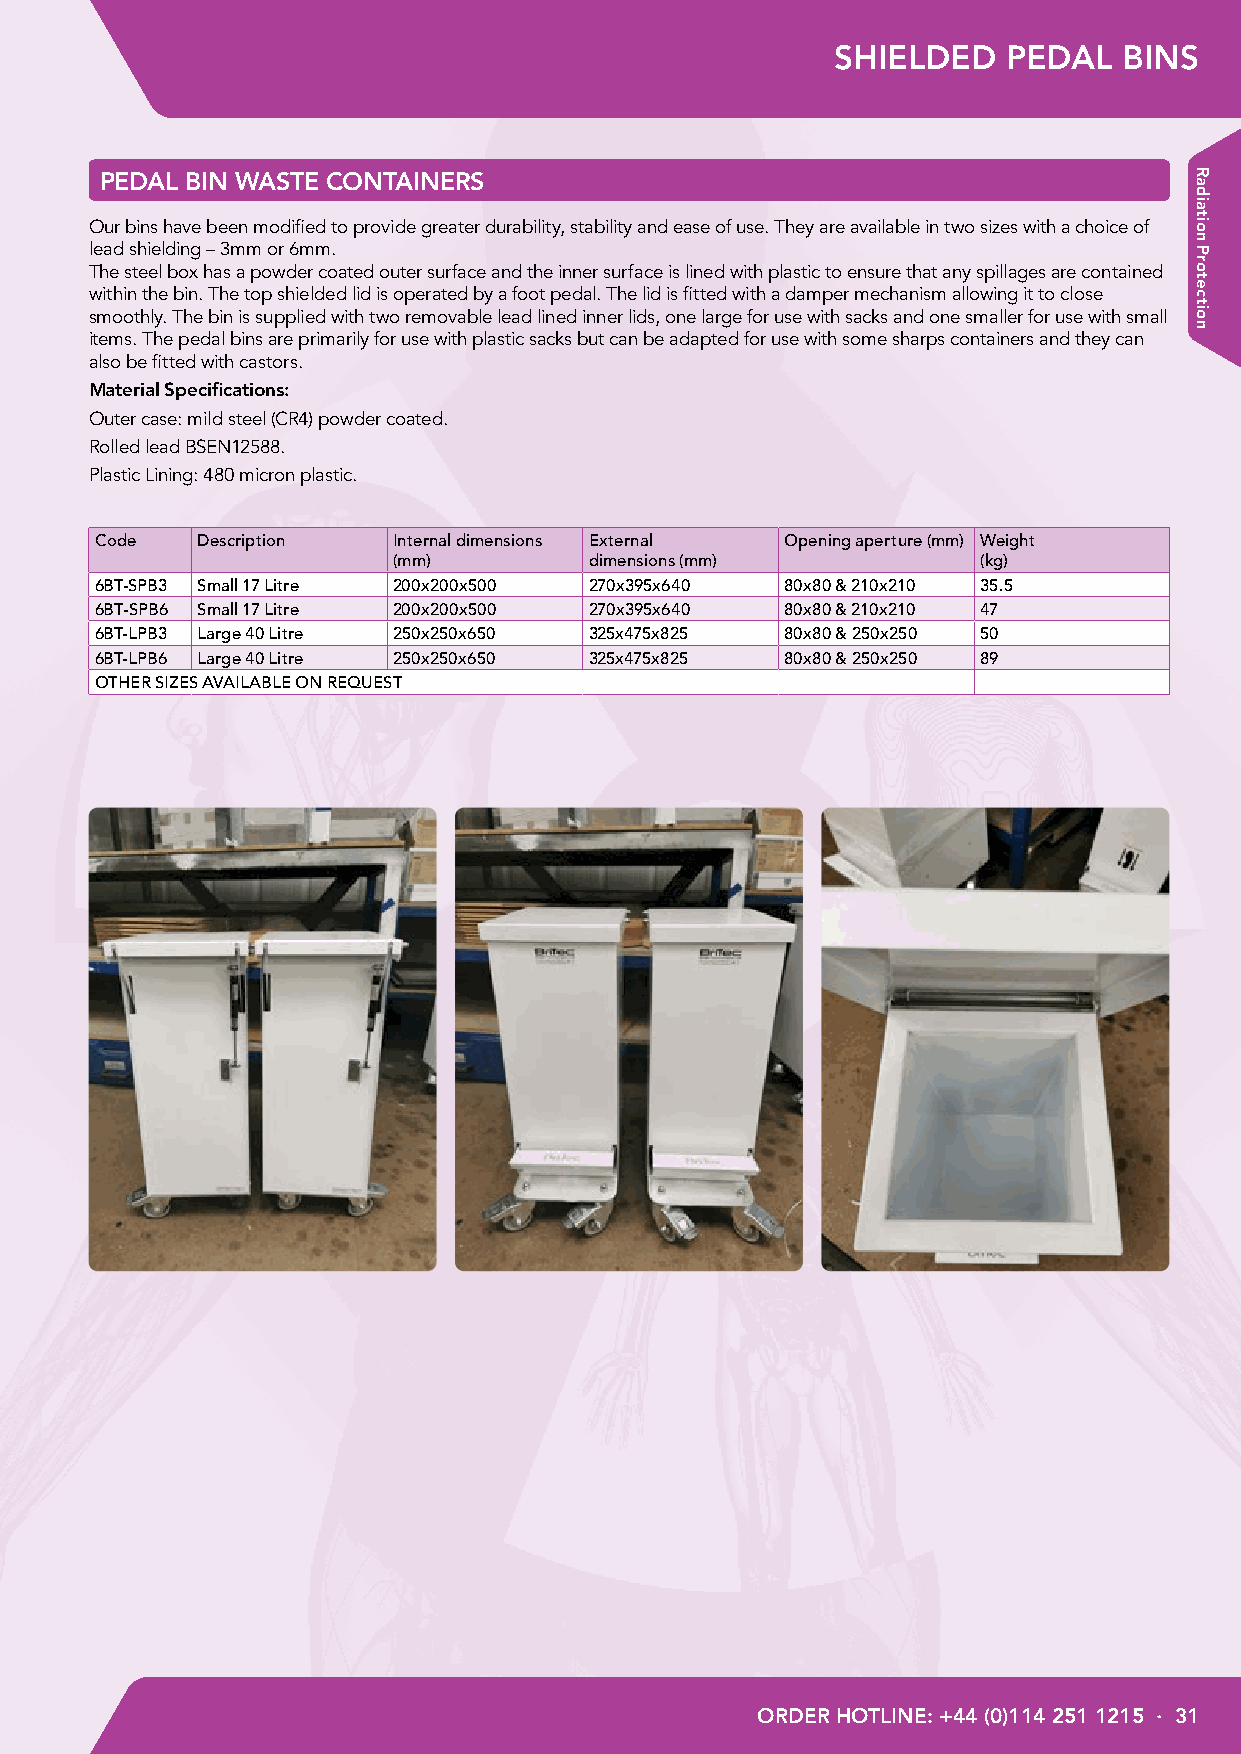
SHIELDED    PEDAL  BINS
 PEDAL BIN WASTE CONTAINERS
 Our bins have been modified to provide greater durability, stability and ease of use. They are available in two sizes with a choice of
 lead shielding – 3mm or 6mm.
 The steel box has a powder coated outer surface and the inner surface is lined with plastic to ensure that any spillages are contained
 within the bin. The top shielded lid is operated by a foot pedal. The lid is fitted with a damper mechanism allowing it to close
 smoothly. The bin is supplied with two removable lead lined inner lids, one large for use with sacks and one smaller for use with small
 items. The pedal bins are primarily for use with plastic sacks but can be adapted for use with some sharps containers and they can
 also be fitted with castors.
 Material Specifications:
 Outer case: mild steel (CR4) powder coated.
 Rolled lead BSEN12588.
 Plastic Lining: 480 micron plastic.
 Code   Description  Internal dimensions External Opening aperture (mm) Weight
 (mm)         dimensions (mm)           (kg)
 6BT-SPB3 Small 17 Litre 200x200x500 270x395x640 80x80 & 210x210 35.5
 6BT-SPB6 Small 17 Litre 200x200x500 270x395x640 80x80 & 210x210 47
 6BT-LPB3 Large 40 Litre 250x250x650 325x475x825 80x80 & 250x250 50
 6BT-LPB6 Large 40 Litre 250x250x650 325x475x825 80x80 & 250x250 89
 OTHER SIZES AVAILABLE ON REQUEST
 ORDER HOTLINE: +44 (0)114 251 1215 · 31
 Radiation
 Protection